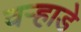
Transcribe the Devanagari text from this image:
वऱ्हाडे